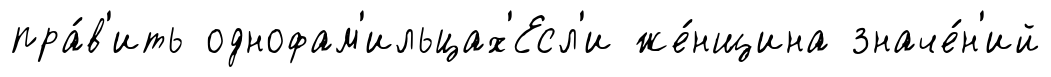
пра́в'ить однофам'ильцах'Есл'и же́нщина значе́н'ий